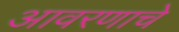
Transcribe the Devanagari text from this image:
आवरणाचे